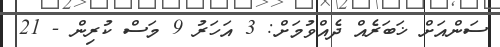
ސަންއަށް ޚަބަރެއް ދެއްވުމަށް: 3 އަހަރު 9 މަސް ކުރިން - 21